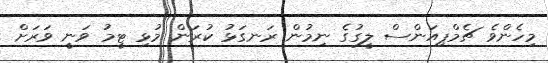
މިހެންވެ ޗެމްޕިއަންސް ލީގުގެ ނިމުން ރަނގަޅު ކުރަން މުޅި ޓީމު ވަނީ ވަރަށް